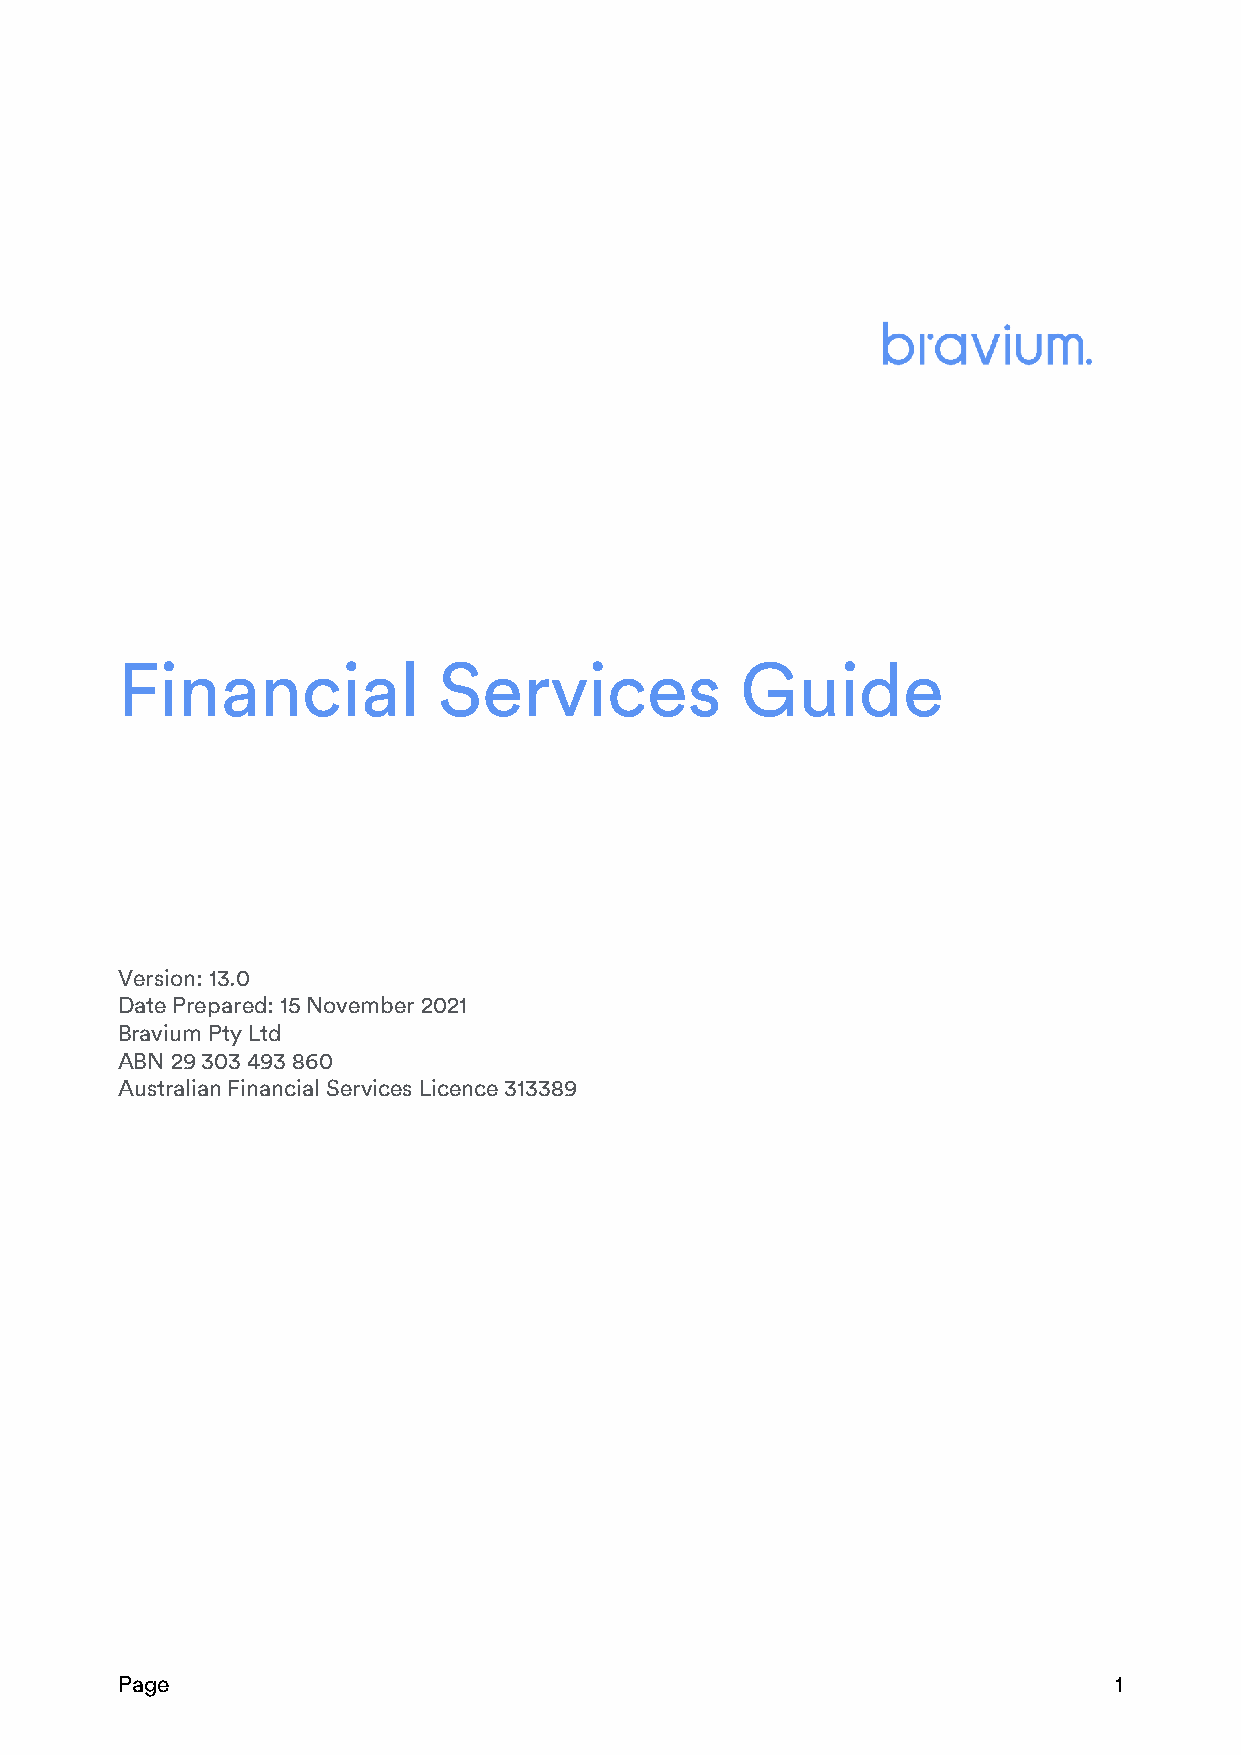
Financial            Services            Guide
 Version: 13.0
 Date Prepared: 15 November 2021
 Bravium Pty Ltd
 ABN 29 303 493 860
 Australian Financial Services Licence 313389
 Page                                                              1